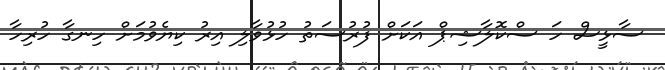
ސާޅީސް ހަ ސްކޮލާޝިޕް އަކަށް ފުރުސަތު ހުޅުވާލި އިރު ކިޔެވުމަށް ހިނގާ ހުރިހާ